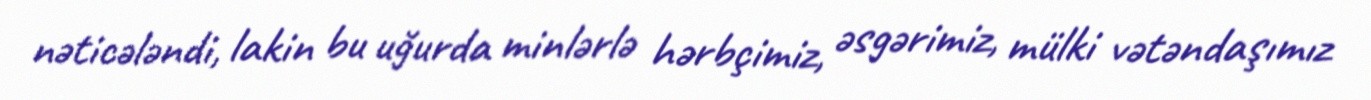
nəticələndi, lakin bu uğurda minlərlə hərbçimiz, əsgərimiz, mülki vətəndaşımız